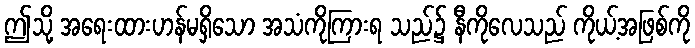
ဤသို့ အရေးထားဟန်မရှိသော အသံကိုကြားရ သည်၌ နီကိုလေသည် ကိုယ့်အဖြစ်ကို